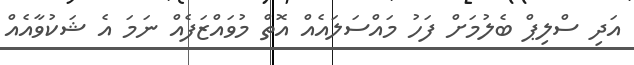
އަދި ސްލިޕް ބެލުމަށް ފަހު މައްސަލައެއް އޮތް މުވައްޒަފެއް ނަމަ އެ ޝަކުވާއެއް